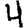
Digit: 4